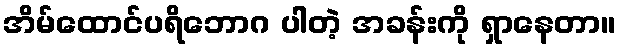
အိမ်ထောင်ပရိဘောဂ ပါတဲ့ အခန်းကို ရှာနေတာ။